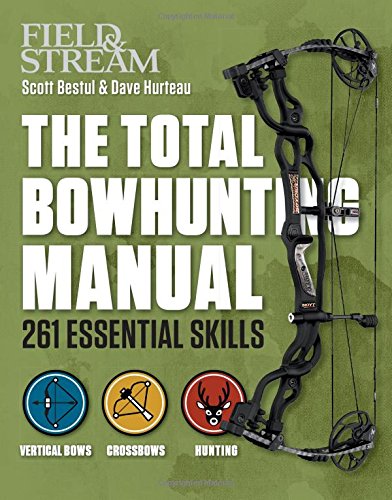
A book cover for The Total Bowhunting Manual (Field & Stream); Scott Bestul; Sports & Outdoors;